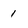
Character: 1